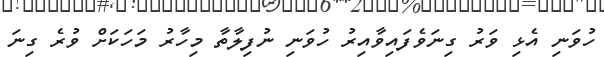
ހުވަނި އެޅި ވަރު ގިނަވެފައިވާއިރު ހުވަނި ނުފިލާތާ މިހާރު މަހަކަށް ވުރެ ގިނަ